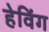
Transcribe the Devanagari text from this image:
हेविंग